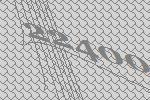
22400